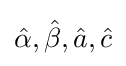
{\hat {\alpha }},{\hat {\beta }},{\hat {a}},{\hat {c}}